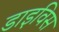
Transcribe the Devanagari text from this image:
डाइविस